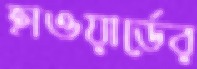
হাওয়ার্ডের